Civil Veterinary Dept. Bombay admin report 1932-41 - 1932-1941
Year: 1932
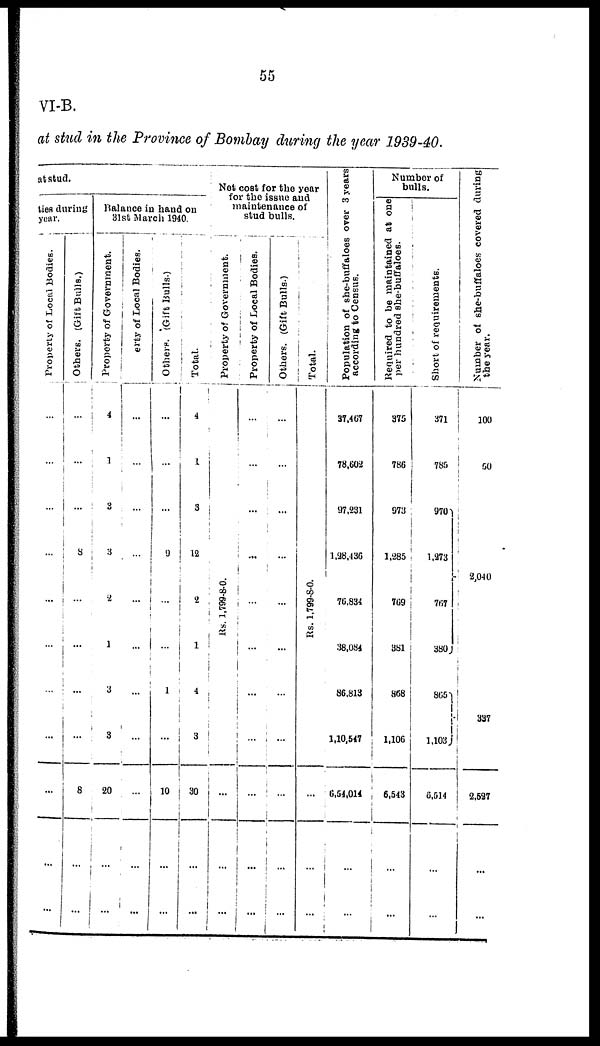
55
VI-B.
at stud in the Province of Bombay during the year 1939-40.
at stud.
ties during
year.
Property of Local Bodies.
...
...
...
...
...
...
...
...
...
...
...
Others. (Gift Bulls.)
...
...
...
8
...
...
...
...
...
8
...
...
Balance in hand on
31st March 1940.
Property of Government.
4
1
3
3
2
1
3
3
20
...
...
Property of Local Bodies.
...
...
...
...
...
...
...
...
...
...
...
Others. (Gift Bulls.)
...
...
...
9
...
...
1
...
10
...
...
Total.
4
1
3
12
2
1
4
3
30
...
...
Net cost for the year
for the issue and
maintenance of
stud bulls.
Property of Government.
Rs. 1,799-8-0.
...
...
Property of Local Bodies.
...
...
...
...
...
...
...
...
...
...
...
Others. (Gift Bulls.)
...
...
...
...
...
...
...
...
...
...
...
Total.
Rs. 1,799-8-0.
...
...
...
Population of she-buffaloes over 3 years
according to Census.
37,467
78,602
97,231
1,28,436
76,834
38,084
86,813
1,10,547
6,54,014
...
...
Number of
bulls.
Required to be maintained at one
per hundred she-buffaloes.
375
786
973
1,285
769
381
858
1,106
6,543
...
...
Short of requirements.
371
785
970
1,273
767
380
865
1,103
6,514
...
...
Number of she-buffaloes covered during
the year.
100
50
2,040
337
2,527
...
...